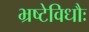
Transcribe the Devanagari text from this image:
भ्रष्टेविधौः